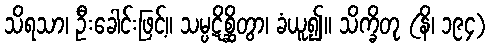
သိရသာ၊ ဦးခေါင်းဖြင့်။ သမ္ပဋိစ္ဆိတွာ၊ ခံယူ၍။ သိက္ခိတု (နိ၊ ၁၉၄)